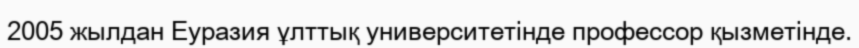
2005 жылдан Еуразия ұлттық университетінде профессор қызметінде.